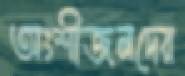
অংশীজনদের